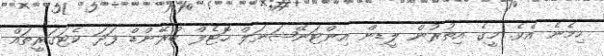
ހިމެނެ އެވެ. މީގެ އިތުރުން ލީޑިން އިންޓަނޭޝަނަލް ހޮޓެލް ބްރޭންޑް ފަދަ ކެޓަގަރީތައް